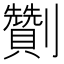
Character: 劗